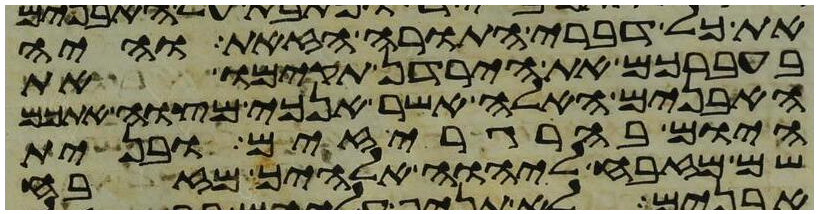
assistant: את כל דברי התורה הזאת והיה
בעברכם את הירדן תקימו את
האבנים האלה אשר אנכי מצוה אתכם
היום בהרגריזים ובנית
שם מזבח ליהוה אלהיך מזבח